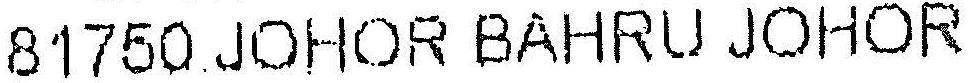
81750.JOHOR BAHRU JOHOR